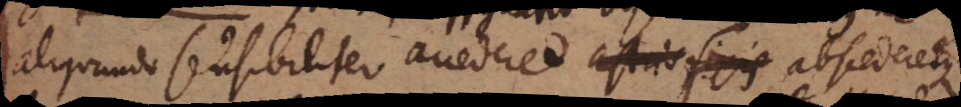
aliquando sensibiliter accederet astris fixis abscederetque